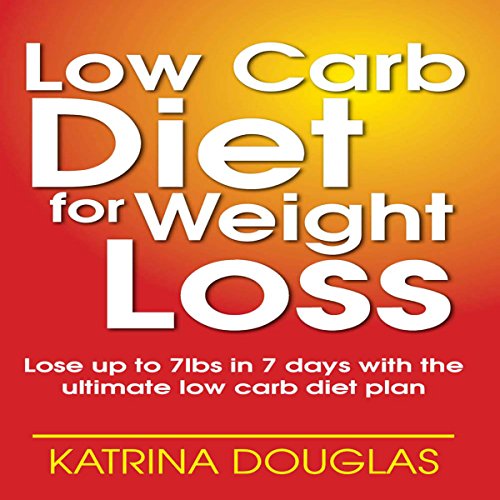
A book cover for Low Carb Diet for Weight Loss: Lose up to 7 lbs. in 7 Days with the Ultimate Low Carb Diet Plan; Katrina Douglas; Health, Fitness & Dieting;